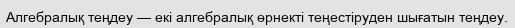
Алгебралық теңдеу — екі алгебралық өрнекті теңестіруден шығатын теңдеу.